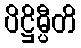
ပိဋ္ဌိမ္ပီတိ